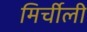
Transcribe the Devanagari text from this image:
मिर्चीली